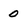
Character: 0